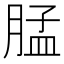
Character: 𰮳